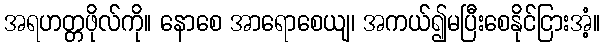
အရဟတ္တဖိုလ်ကို။ နောစေ အာရောစေယျ၊ အကယ်၍မပြီးစေနိုင်ငြားအံ့။